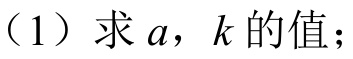
（1）求\(a\)，\(k\)的值；